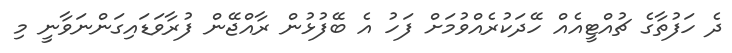
ދެ ހަފުތާގެ ޗުއްޓީއެއް ހޭދަކުރެއްވުމަށް ފަހު އެ ބޭފުޅުން ރާއްޖޭން ފުރާވަޑައިގަންނަވާނީ މި